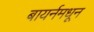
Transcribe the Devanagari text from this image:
बायर्नमधून